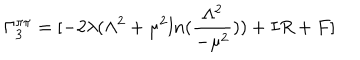
LaTeX: \Gamma _ { 3 } ^ { \pi \pi } = [ - 2 \lambda ( \Lambda ^ { 2 } + \mu ^ { 2 } l n ( \frac { \Lambda ^ { 2 } } { - \mu ^ { 2 } } ) ) + I R + F ]